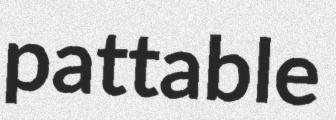
pattable